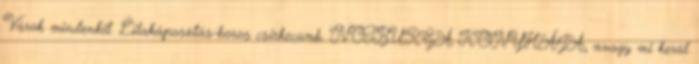
Várok mindenkit. Lilakáposztás-boros csirkecomb. NOTBURGA KONYHÁJA, avagy mi kerül